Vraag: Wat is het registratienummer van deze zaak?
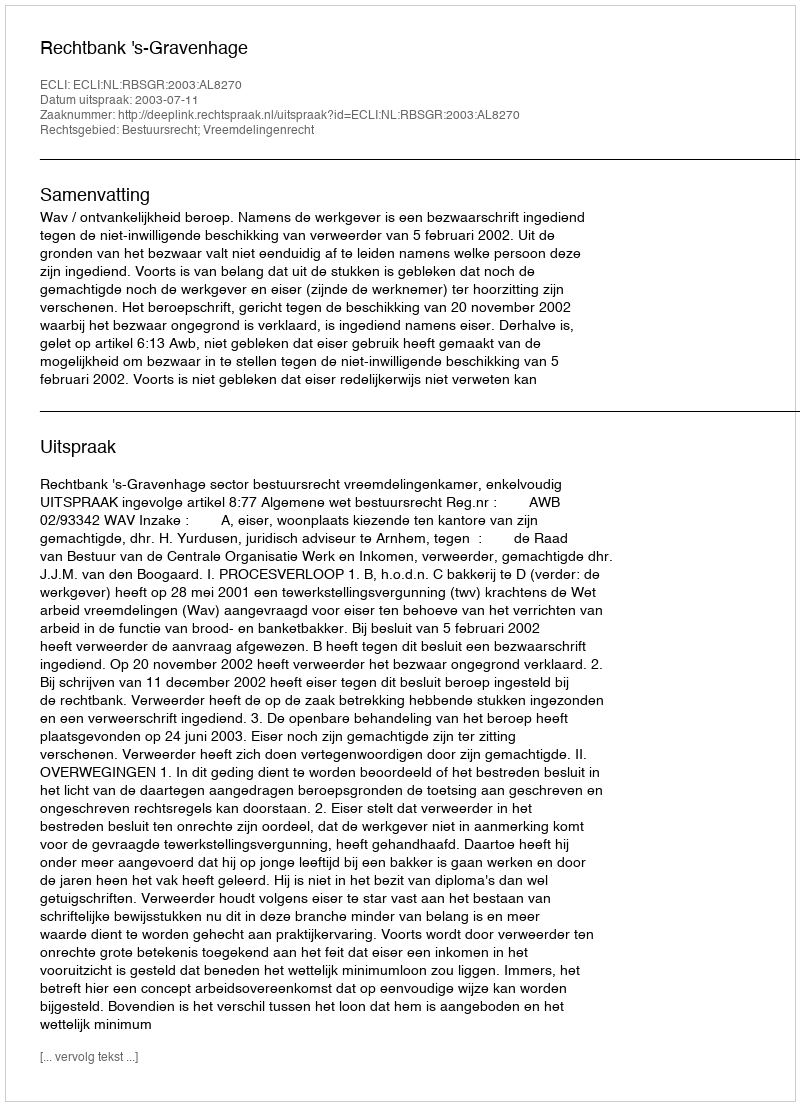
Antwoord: http://deeplink.rechtspraak.nl/uitspraak?id=ECLI:NL:RBSGR:2003:AL8270